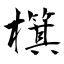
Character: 檱